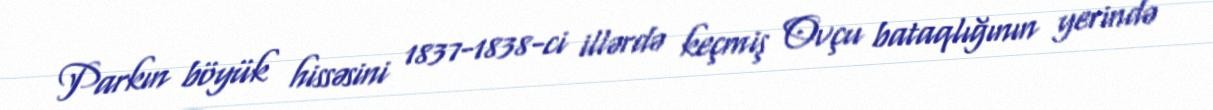
Parkın böyük hissəsini 1837-1838-ci illərdə keçmiş Ovçu bataqlığının yerində